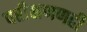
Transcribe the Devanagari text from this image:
परीक्षणणही